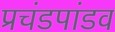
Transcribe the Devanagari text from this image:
प्रचंडपांडव